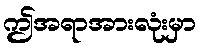
ဤအရာအားလုံးမှာ